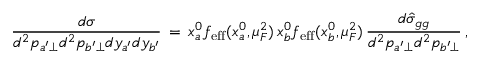
{ \frac { d \sigma } { d ^ { 2 } p _ { a ^ { \prime } \perp } d ^ { 2 } p _ { b ^ { \prime } \perp } d y _ { a ^ { \prime } } d y _ { b ^ { \prime } } } } \, = \, x _ { a } ^ { 0 } f _ { \mathrm { e f f } } ( x _ { a } ^ { 0 } , \mu _ { F } ^ { 2 } ) \, x _ { b } ^ { 0 } f _ { \mathrm { e f f } } ( x _ { b } ^ { 0 } , \mu _ { F } ^ { 2 } ) \, { \frac { d \hat { \sigma } _ { g g } } { d ^ { 2 } p _ { a ^ { \prime } \perp } d ^ { 2 } p _ { b ^ { \prime } \perp } } } \, ,